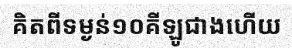
គិតពីទម្ងន់១០គីឡូជាងហើយ